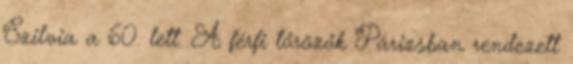
Szilvia a 60. lett. A férfi tőrözők Párizsban rendezett